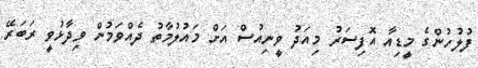
ފުލުހުންގެ މީޑިއާ އޮފިސަރު މިއަދު ވީނިއުސް އަށް މައުލުމާތު ދެއްވަމުން ވިދާޅުވީ ރަބަރޭ